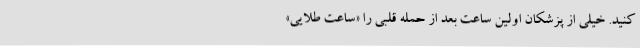
کنید. خیلی از پزشکان اولین ساعت بعد از حمله قلبی را «ساعت طلایی»